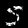
Label: 5